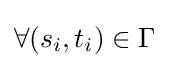
\forall (s_{i},t_{i})\in \Gamma